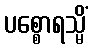
ပစ္စောရသ္မိံ